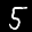
Label: 5